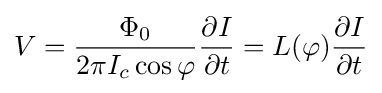
V={\frac {\Phi _{0}}{2\pi I_{c}\cos \varphi }}{\frac {\partial I}{\partial t}}=L(\varphi ){\frac {\partial I}{\partial t}}